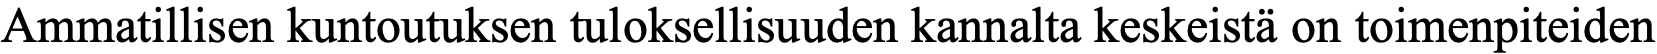
Ammatillisen kuntoutuksen tuloksellisuuden kannalta keskeistä on toimenpiteiden